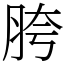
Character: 胯